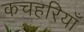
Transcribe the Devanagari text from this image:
कचहरियाँ